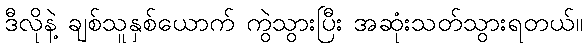
ဒီလိုနဲ့ ချစ်သူနှစ်ယောက် ကွဲသွားပြီး အဆုံးသတ်သွားရတယ်။